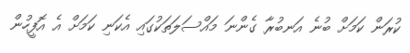
ކުރަން ކަމަށް ބުނެ އަނބުރާ ގެންނަ މައްސަލަތަކުގައި އެކަނި ކަމަށް އެ އޮފީހުން